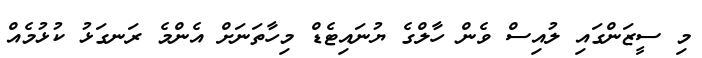
މި ސީޒަންގައި ލުއިސް ވެން ހާލްގެ ޔުނައިޓެޑް މިހާތަނަށް އެންމެ ރަނގަޅު ކުޅުމެއް